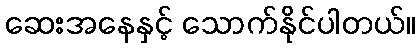
ဆေးအနေနှင့် သောက်နိုင်ပါတယ်။